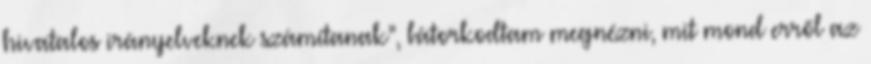
hivatalos irányelveknek számítanak”, bátorkodtam megnézni, mit mond erről az